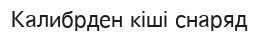
Калибрден кіші снаряд